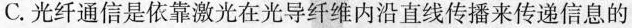
C.光纤通信是依靠激光在光导纤维内沿直线传播来传递信息的